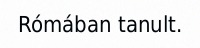
Rómában tanult.